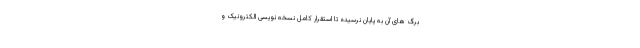
برگ های آن به پایان نرسیده تا استقرار کامل نسخه نویسی الکترونیک و